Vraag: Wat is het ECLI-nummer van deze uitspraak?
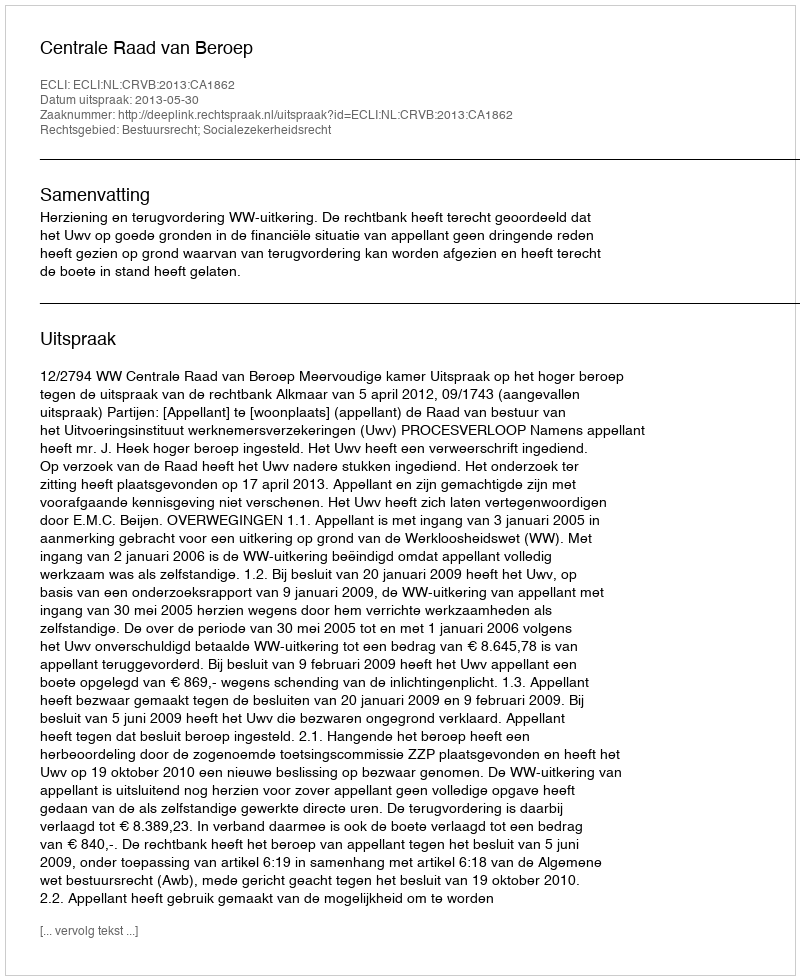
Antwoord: ECLI:NL:CRVB:2013:CA1862